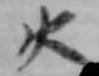
火